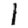
Digit: 1